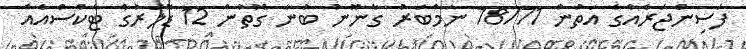
ފަސިިންޖަރެއްގެ އަތުން 78/71 ނަމްބަރު ގާނޫނު ބުނާ ގޮތުން 12 ޑޮލަރުގެ ޓެކްސްއެއް